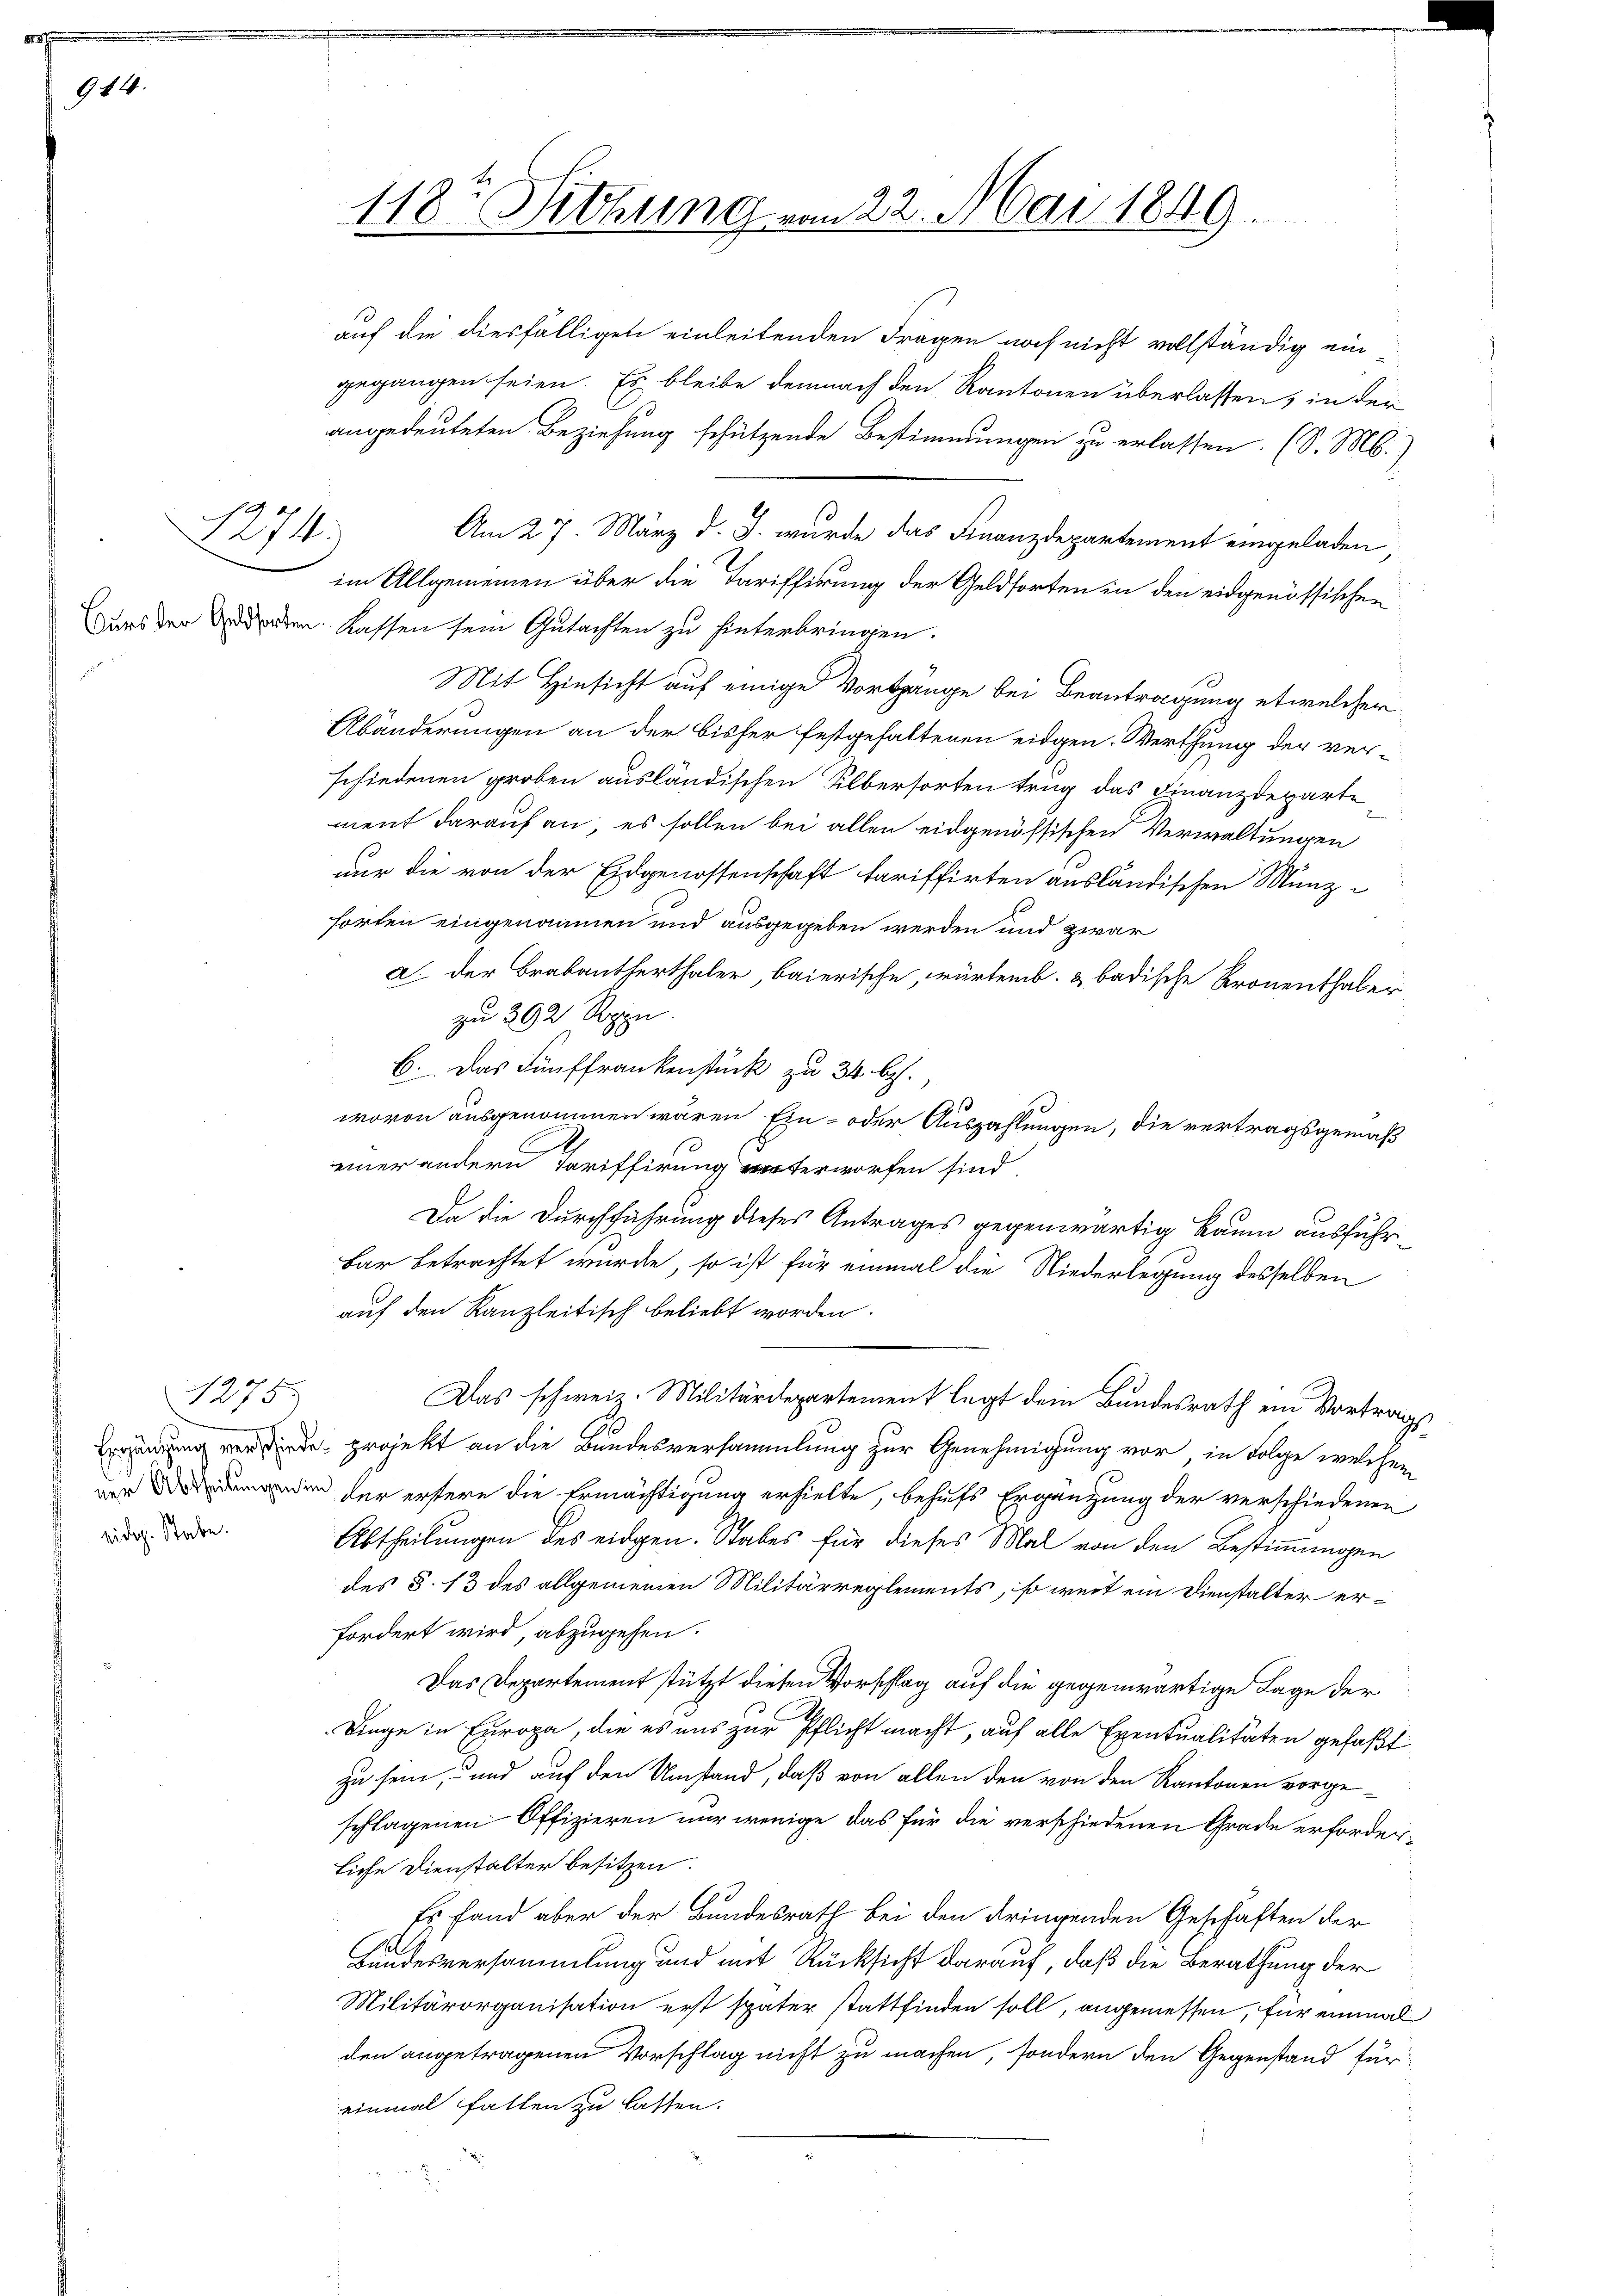
914.

ridg. Stabe.

1274.

1275.

auf die diesfälligen einleitenden Fragen noch nicht vollständig ein-
gegangen seien. Es bleibe demnach den Kantonen überlassen, in der
angedeuteten Beziehung schützende Bestimmungen zu erlassen. (S. M.)
Am 27. März d. J. wurde das Finanzdepartement eingeladen,
im Allgemeinen über die Tariffirung der Geldsorten in den eidgenössischen
Dans der den Kassen sein Gutachten zu hinterbringen.
Mit Hinsicht auf einige Vorgänge bei Beantragung etwelcher
Abänderungen an der bisher festgehaltenen eidgen. Werthung der ver-
schiedenen groben ausländischen Silbersorten trug das Finanzdepartement darauf an, es sollen bei allen eidgenössischen Verwaltungen
nur die von der Eidgenossenschaft tariffirten ausländischen Münzforten eingenommen und ausgegeben werden und zwar
a. Der Brabantherthaler, baierische, würtemb. & badische Kronenthalerzu 292 Rppn.
C. Das Fünffrankenstück zu 34 b.
wovon ausgenommen wären Ein- oder Auszahlungen, die vertragsgemäß
einer andern Tariffirung unterworfen sind.
Da die Durchführung dieses Antrages gegenwärtig Raum ausführ¬
Bar betrachtet wurde, so ist für einmal die Niederlegung desselben
auf den Kanzleitisch beliebt worden.
Das schweiz. Militärdepartement legt dem Bundesrath ein Vortrags
Errung verwende projekt an die Bundesversammlung zur Genehmigung vor, in Folge welchem
reen der erstere die Ermächtigung erhielte, behufs Ergänzung der verschiedenen
Abtheilungen des eidgen. Stabes für dieses Mal von den Bestimmungen
des §. 13 des allgemeinen Militärreglements, so weit ein Dienstalter erfordert wird, abzugehen.
Das Departement stützt diesen Vorschlag auf die gegenwärtige Lage der
Dinge in Europa, die es uns zur Pflicht macht, auf alle Eventualitäten gefaßt
zu sein, und auf den Umstand, daß von allen den von den Kantonen vorge
schlagenen Offizieren nur wenige, das für die verschiedenen Grade erforderliche Dienstalter besitzen.
Es fand aber der Bundesrath bei den dringenden Geschäften der
Bundesversammlung und mit Rücksicht darauf, daß die Berathung der
Militärorganisation erst später stattfinden soll, angemessen, für einmal
den angetragenen Vorschlag nicht zu machen, sondern den Gegenstand für
einmal fatten zu lassen.

118r Sitzung von 22. Mai 1849